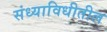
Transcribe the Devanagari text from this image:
संध्याविधीतील